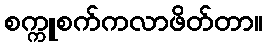
စက္ကူစက်ကလာဖိတ်တာ။